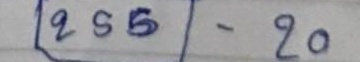
255 - 20